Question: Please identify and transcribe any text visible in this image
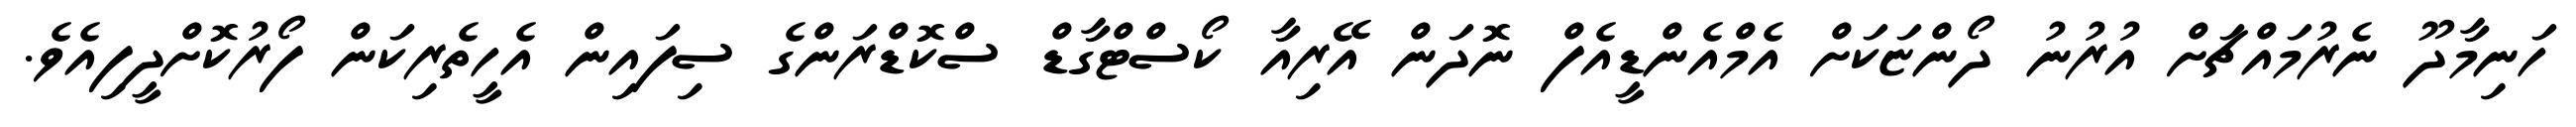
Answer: ހަނިމާދޫ ނެރުމައްޗަށް އުރުނު ދޯންޏަކަށް އެމްއެންޑީއެފް ނޮދަން އޭރިއާ ކޯސްޓްގާޑް ސްކޮޑްރަންގެ ސިފައިން އެހީތެރިކަން ފޯރުކޮށްދީފިއެވެ.